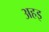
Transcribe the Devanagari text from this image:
अहइ